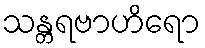
သန္တရဗာဟိရော